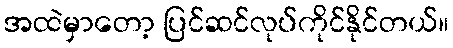
အထဲမှာတော့ ပြင်ဆင်လုပ်ကိုင်နိုင်တယ်။